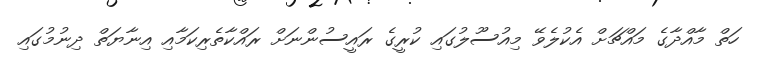
ހަތް މާއްދާގެ މައްޗަށް އެކުލެވޭ މިއުސޫލުގައި ކުރީގެ ރައީސުންނަށް ރައްކާތެރިކަމާއި އިނާޔަތް ދިނުމުގައި